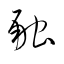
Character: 融